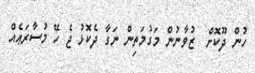
ހުން ދޫކޮށް  ޒުވާނުން މަގުމަތިން ނަގާ ދެކޮޅު ޖެ ހޭ މުސާރަޢެއް